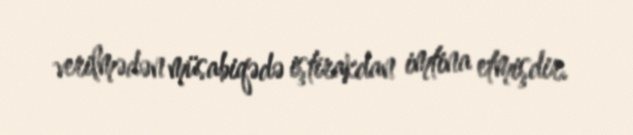
verilmədən müsabiqədə iştirakdan imtina etmişdir.